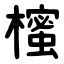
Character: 櫁